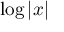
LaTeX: \log \left| x \right|